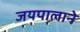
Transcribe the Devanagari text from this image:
जयपालाने